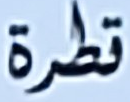
قطرة